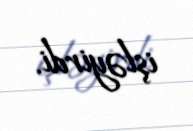
işləyirdi.